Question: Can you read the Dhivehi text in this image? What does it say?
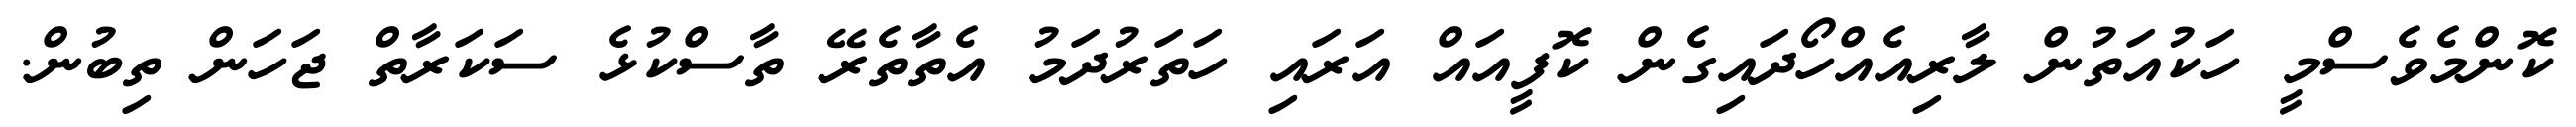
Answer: ކޮންމެވެސްމީ ހަކުއަތުން ލާރިއެއްހޯދައިގެން ކޮފީއައް އަރައި ހަތަރުދަމު އެތާތެރޭ ތާސްކުޅެ ސަކަރާތް ޖަހަން ތިބުން.